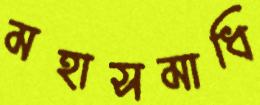
মহাসমাধি